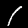
Label: 1